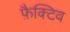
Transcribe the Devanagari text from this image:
फ़ैक्टिव